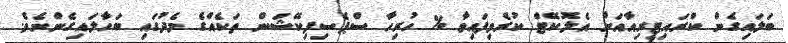
ބަލައިގެން ކްރައިޓީރިއާއަށް އެލޮކޭޓް ކުރެވިފައިވާ % ހުރިހާ ސްޕެސިފިކޭޝަން ތަކެއްގެ މެދުގައި ބަހާލައިގެންނެވެ.